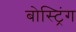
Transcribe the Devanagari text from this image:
बोस्ट्रिंग